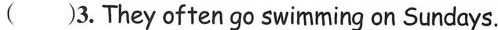
（ ）3.They often go swimming on Sundays.